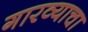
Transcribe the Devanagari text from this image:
गारव्याचा